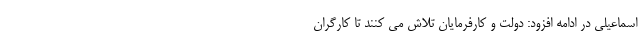
اسماعیلی در ادامه افزود: دولت و کارفرمایان تلاش می کنند تا کارگران